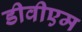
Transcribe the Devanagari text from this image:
डीवीएम